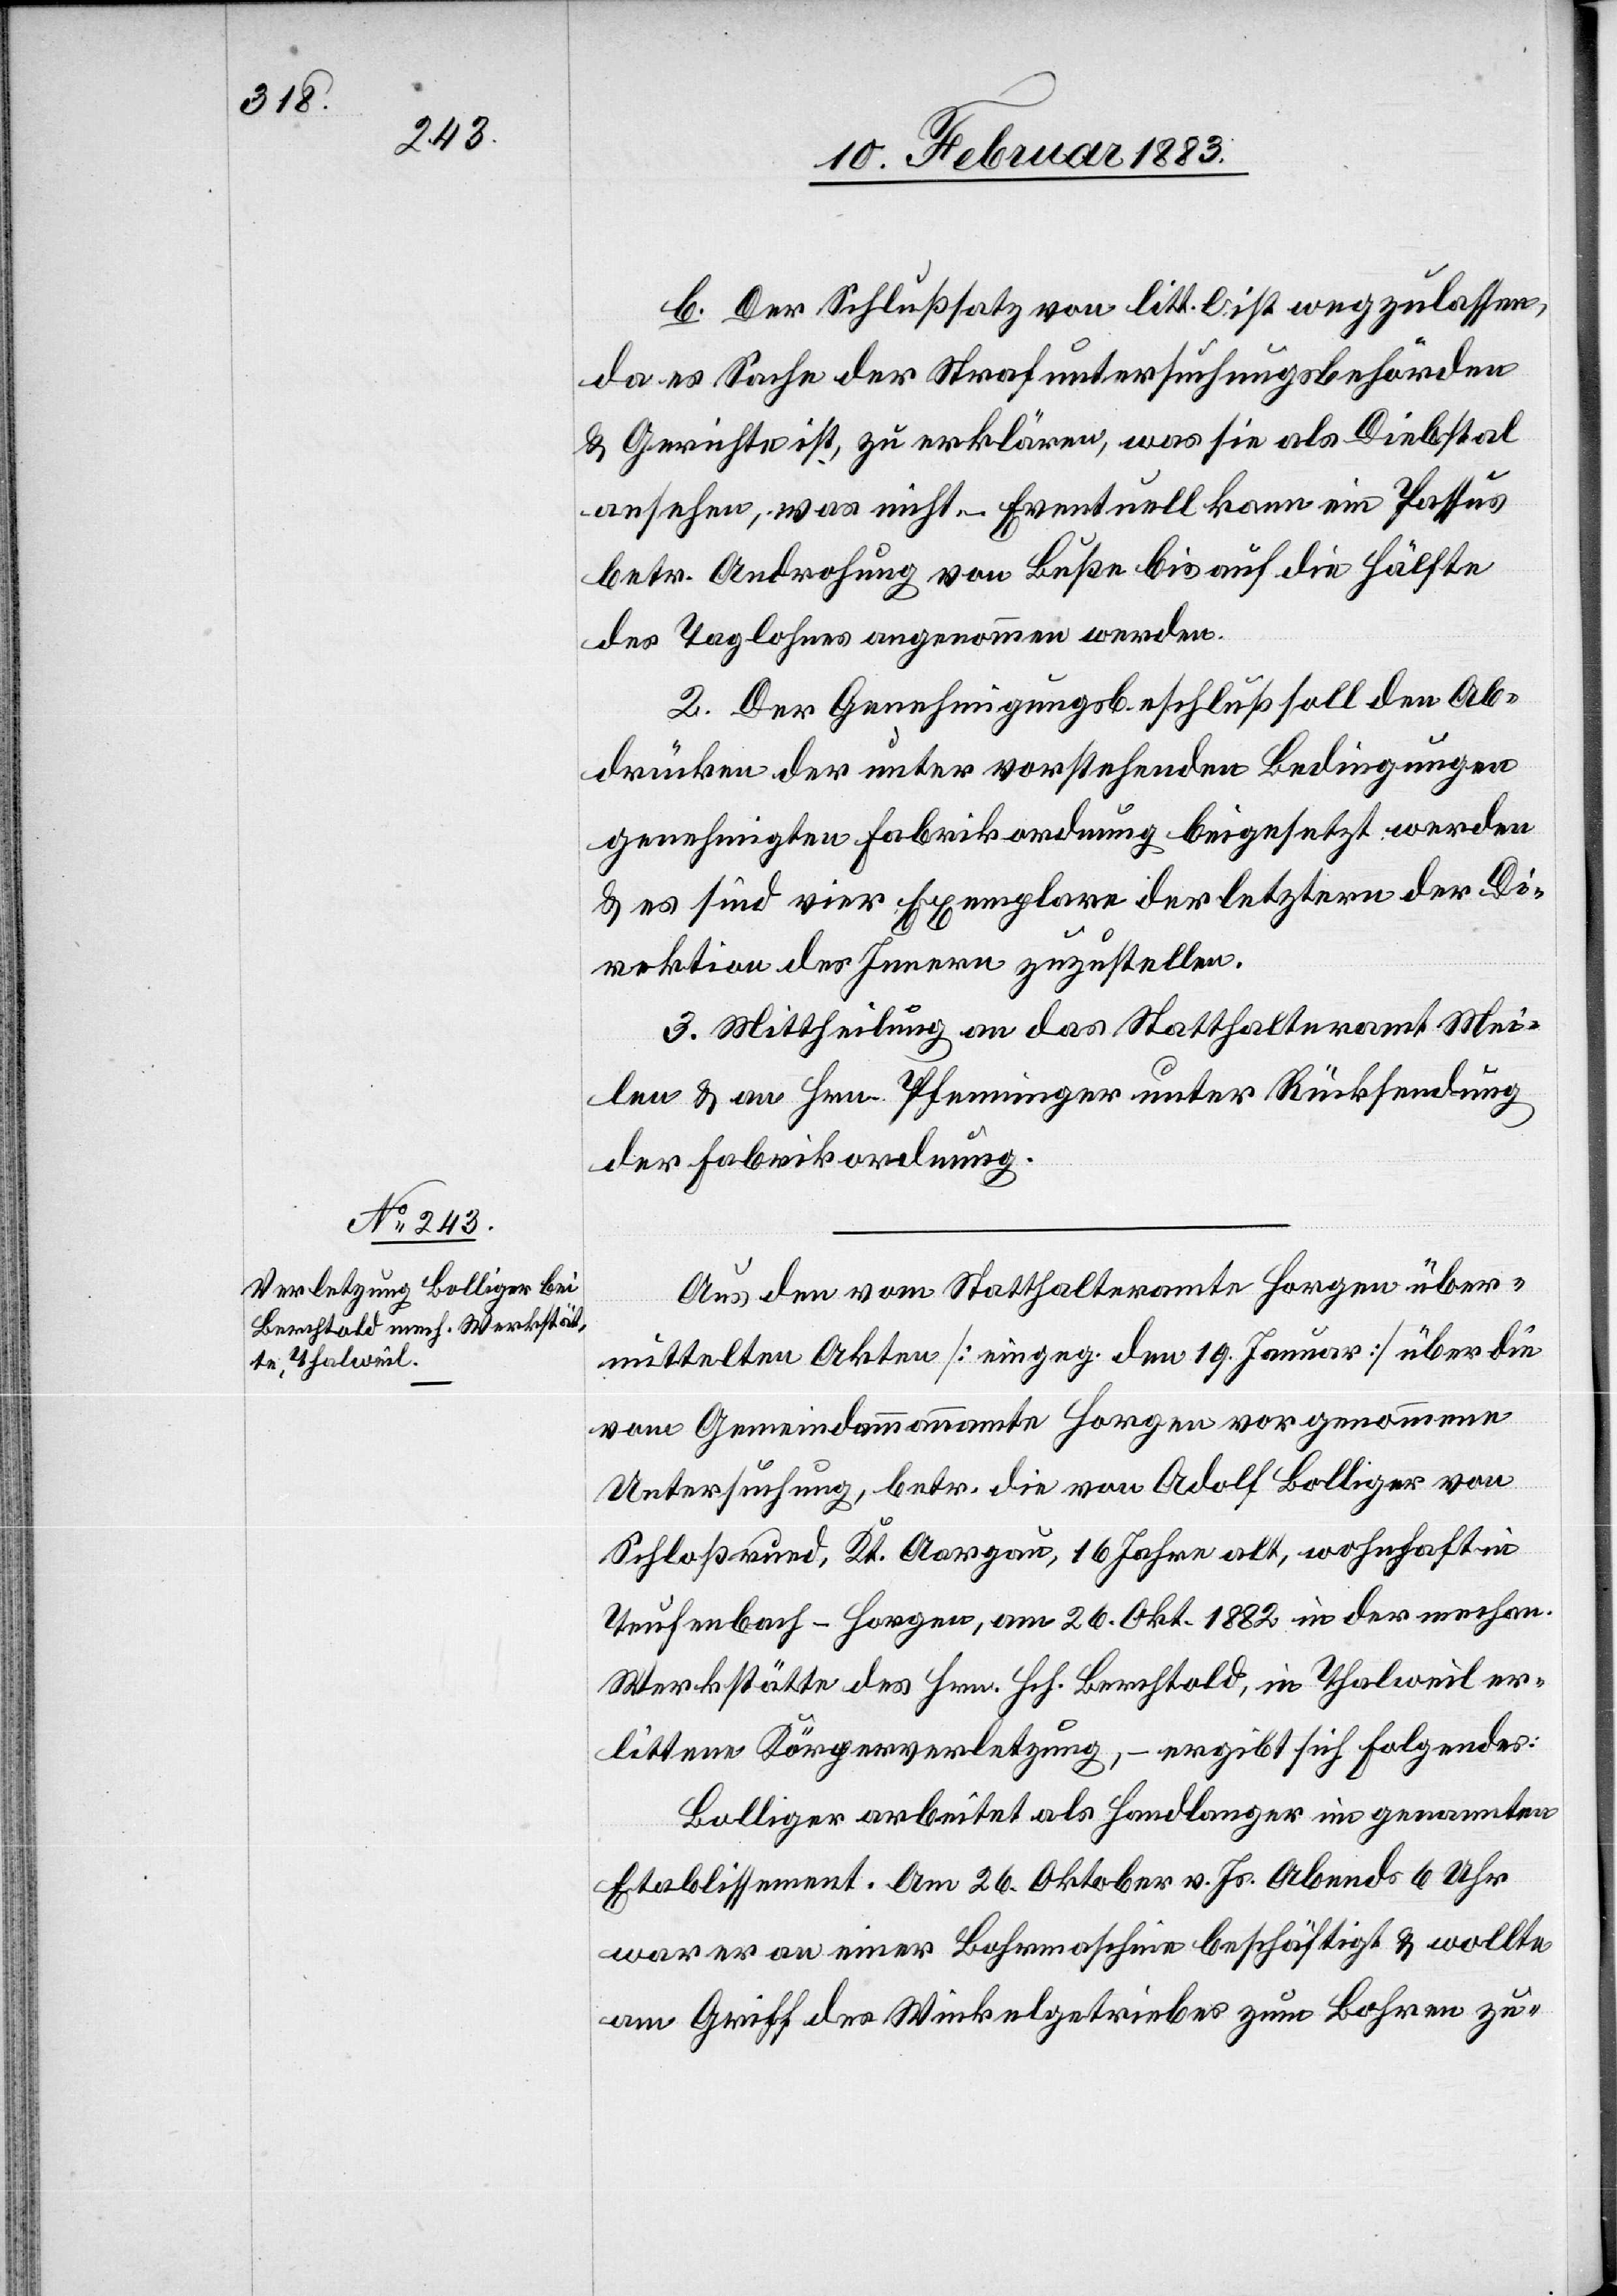
b. Der Schlußsatz von litt. e ist wegzulassen,
da es Sache der Strafuntersuchungsbehörden
& Gerichte ist, zu erklären, was sie als Diebstal
ansehen, was nicht. – Eventuell kann ein Passus
betr. Androhung von Buße bis auf die Hälfte
des Taglohnes angenommen werden.
2. Der Genehmigungsbeschluß soll den Ab¬
drücken der unter vorstehenden Bedingungen
genehmigten Fabrikordnung beigesetzt werden
& es sind vier Exemplare der letztern der Di¬
rektion des Innern zuzustellen.
3. Mittheilung an das Statthalteramt Mei¬
len & an Hrn. Pfenninger unter Rücksendung
der Fabrikordnung.
Aus den vom Statthalteramte Horgen über¬
mittelten Akten [eingeg. den 19. Januar] über die
vom Gemeindammannamte Horgen vorgenommene
Untersuchung, betr. die von Adolf Bolliger von
Schloßrued, Kt. Aargau, 16 Jahre alt, wohnhaft in
Teufenbach - Horgen, am 26. Okt. 1882 in der mechan.
Werkstätte des Hrn. Hch. Berchtold, in Thalweil er¬
littene Körperverletzung, – ergibt sich Folgendes:
Bolliger arbeitet als Handlanger im genannten
Etablissement. Am 26. Oktober v. Js. Abends 6 Uhr
war er an einer Bohrmaschine beschäftigt & wollte
am Griff des Winkelgetriebes zum Bohren zu-